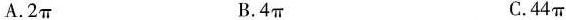
A.2π B.4π C.44π